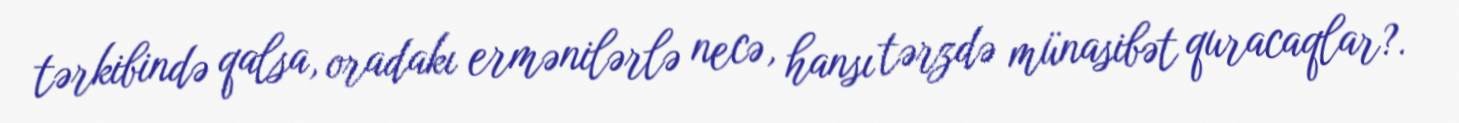
tərkibində qalsa, oradakı ermənilərlə necə, hansı tərzdə münasibət quracaqlar?.